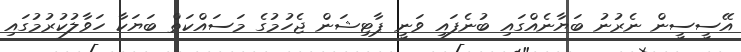
އޭސީސީން ނެރުނު ބަޔާނެއްގައި ބުނެފައި ވަނީ ޕާޓިޝަން ޖެހުމުގެ މަސައްކަތް ބަޔަކާ ހަވާލުކުރުމުގައި